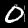
Label: 0